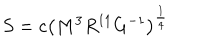
S = c \left( M ^ { 3 } R ^ { 1 1 } G ^ { - 1 } \right) ^ { \frac { 1 } { 4 } }